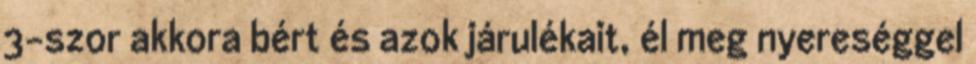
3-szor akkora bért és azok járulékait, él meg nyereséggel